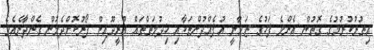
އިތުރުކުރުމުގެ ގޮތުން އެންމެ ފަހުގެ ޒަމާނީ އުފެއްދުންތަކާއި ޚިދުމަތްތައް އުރީދޫއިން ފޯރުކޮށްދެމުން ގެންދާނެއެވެ.